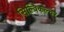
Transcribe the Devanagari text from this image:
सिल्विकल्चर